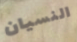
النسيان